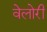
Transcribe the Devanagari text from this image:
वेलोरी